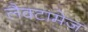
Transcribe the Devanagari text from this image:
लैक्टामेज